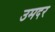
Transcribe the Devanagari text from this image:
उमदर